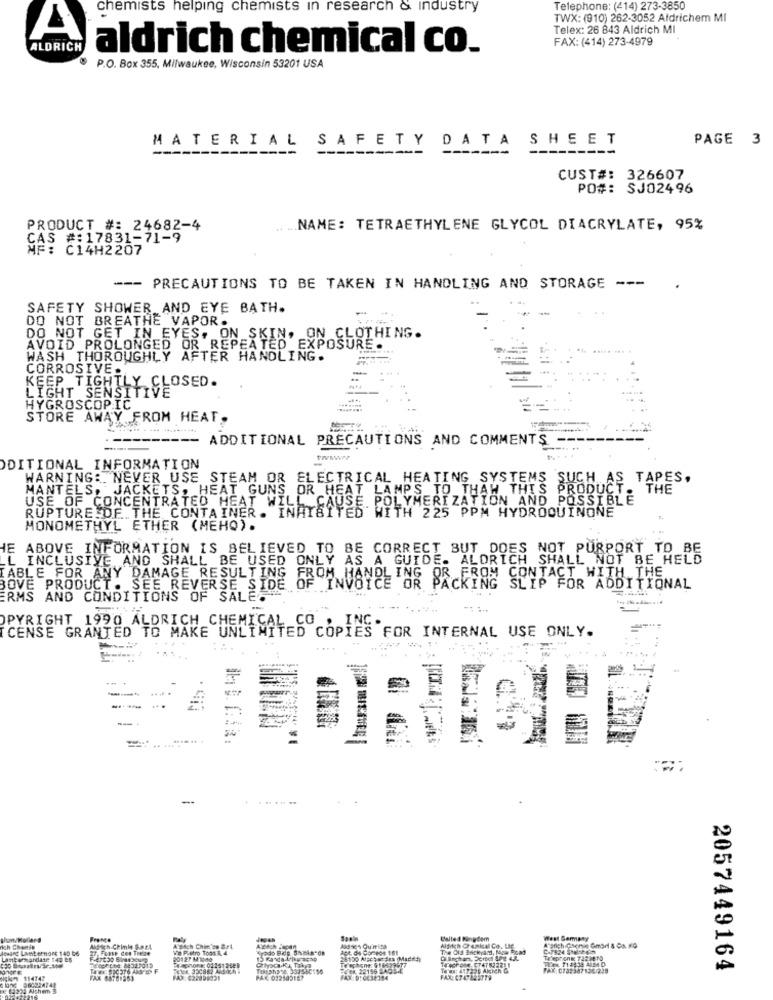
chemists helping chemists in research & industry
Telephone: (414) 273-3850
TWX: (910) 262-3052 Afdrichem MI
Telex: 26 843 Aldrich MI
A
FAX: (414) 273-4979
ALDRICH
aldrich chemical co.
P.O. Box 355, Milwaukee, Wisconsin 53201 USA
MATERIAL SAFETY DATA SHEET
PAGE 3
---
--
CUST#: 326607
PO#: SJ02496
PRODUCT #: 24682-4
.. ... NAME: TETRAETHYLENE GLYCOL DIACRYLATE, 95%
CAS #:17831-71-9
MF: C14H2207
--- PRECAUTIONS TO BE TAKEN IN HANDLING AND STORAGE ---
SAFETY SHOWER AND EYE BATH.
DO NOT BREATHE VAPOR.
DO NOT GET IN EYES, ON SKIN, ON CLOTHING.
AVOID PROLONGED OR REPEATED EXPOSURE.
WASH THOROUGHLY AFTER HANDLING.
CORROSIVE.
KEEP TIGHTLY CLOSED.
LIGHT SENSITIVE
HYGROSCOPIC
STORE AWAY FROM HEAT.
----------
ADDITIONAL PRECAUTIONS AND COMMENTS
---
PŘECAL
DDITIONAL INFORMATION
WARNING: NEVER USE STEAM OR ELECTRICAL HEATING SYSTEMS
SUCH AS TAPES.
MANTELS, JACKETS. HEAT GUNS, OR HEAT LAMPS TO THAW THIS PRODUCT. THE
USE OF CONCENTRATED HEAT WILL CAUSE POLYMERIZATION AND POSSIBLE
RUPTURE DF THE CONTAINER. INHIBITED WITH 225 PPM HYDROQUINONE
MONOMETHYL ETHER (MEHO).
IE ABOVE INFORMATION IS BELIEVED TO BE CORRECT BUT DOES NOT PURPORT TO BE
L INCLUSIVE AND SHALL BE USED ONLY AS A GUIDE. ALDRICH SHALL NOT BE HELD
[ABLE FOR ANY DAMAGE RESULTING FROM HANDLING OR FROM CONTACT WITH THE
BOVE PRODUCT. SEE REVERSE SIDE OF INVOICE OR PACKING SLIP FOR ADDITIONAL
ERMS AND CONDITIONS OF SALE
OPYRIGHT 1990 ALDRICH CHEMICAL CO
ICENSE GRANTED TO MAKE UNLIMITED CODING
COPIES FOR INTERNAL USE ONLY.
...
... .
IRISH.
West Germany
ich Chemie
Aldrich Chimie S.ar.A.
27. Forse des Treze
A's4ch Chinion Srl
Wie Pietro Toom R. 4
Kyodo Bide Samla-on
Aldsch Quimica
The Old Backyard,
Aldiich Crenkal Co. Lig
Anstich-Chemie Gmort & Co. KG
F-47150 SIJeMED
20127 M1040
Ta'eprong 722 1870
FREK 22156 5AOS-
Te'es: 4:7220 Aknen &
FAX: 073:347132/225
2057449164
MINT 114747
11016 960224741
FAX:9:0634354
DE 15222 Alchem S